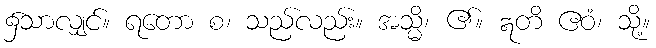
၌သာလျှင်။ ရတော စ၊ သည်လည်း။ အသ္မိ၊ ၏။ ဣတိ ဧဝံ၊ သို့။